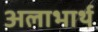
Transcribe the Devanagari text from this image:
अलाभार्थ